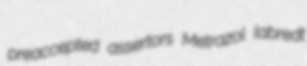
preaccepted assertors Metrazol labredt